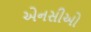
એનસીઓ